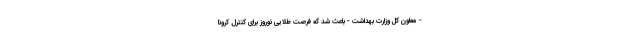
- معاون کل وزارت بهداشت - باعث شد که فرصت طلایی نوروز برای کنترل کرونا